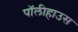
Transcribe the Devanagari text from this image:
पॉलीहाउस